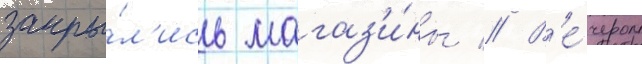
закры́л'ись магаз'и́ны // В'е́чером